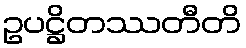
ဥပဋ္ဌိတဿတီတိ